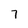
Character: 7